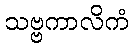
သဗ္ဗကာလိကံ